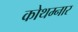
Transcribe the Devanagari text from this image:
कोथम्नार